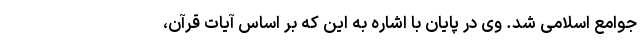
جوامع اسلامی شد. وی در پایان با اشاره به این که بر اساس آیات قرآن،